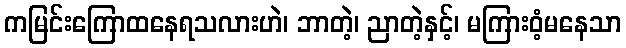
ကမြင်းကြောထနေရသလားဟဲ၊ ဘာတဲ့၊ ညာတဲ့နှင့်၊ မကြားဝံ့မနေသာ